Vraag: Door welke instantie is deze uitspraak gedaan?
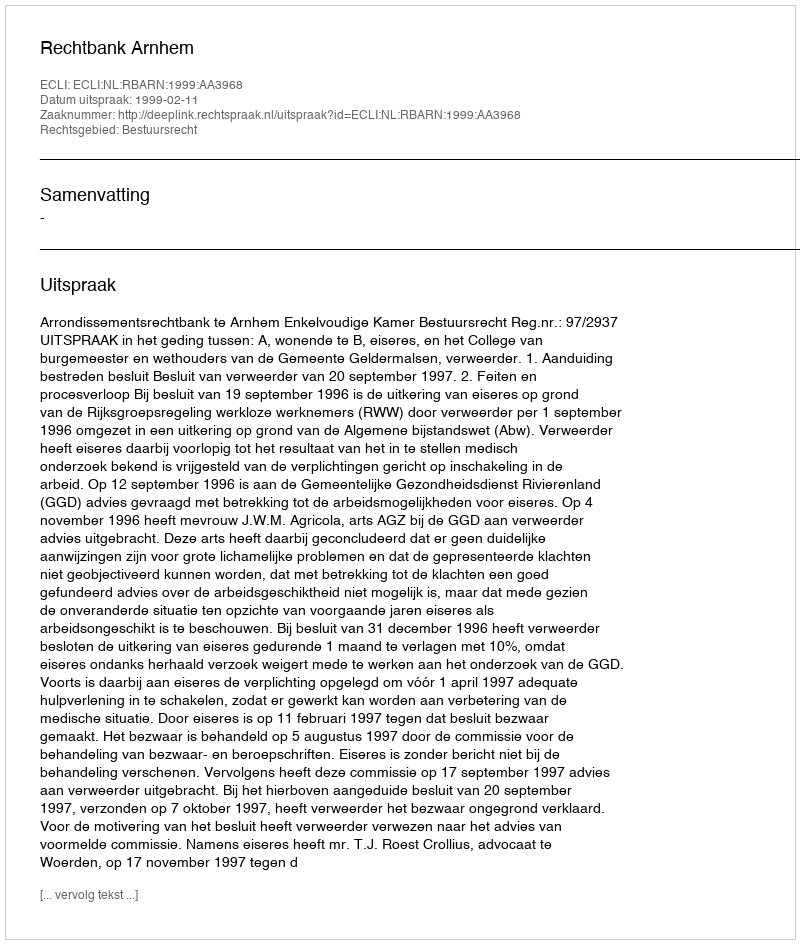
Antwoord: Rechtbank Arnhem